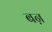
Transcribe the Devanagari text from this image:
बऩ